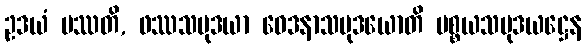
ဥဒယံ ပဿတိ, ဖဿသမုဒယာ ဝေဒနာသမုဒယောတိ ပစ္စယသမုဒယဋ္ဌေန